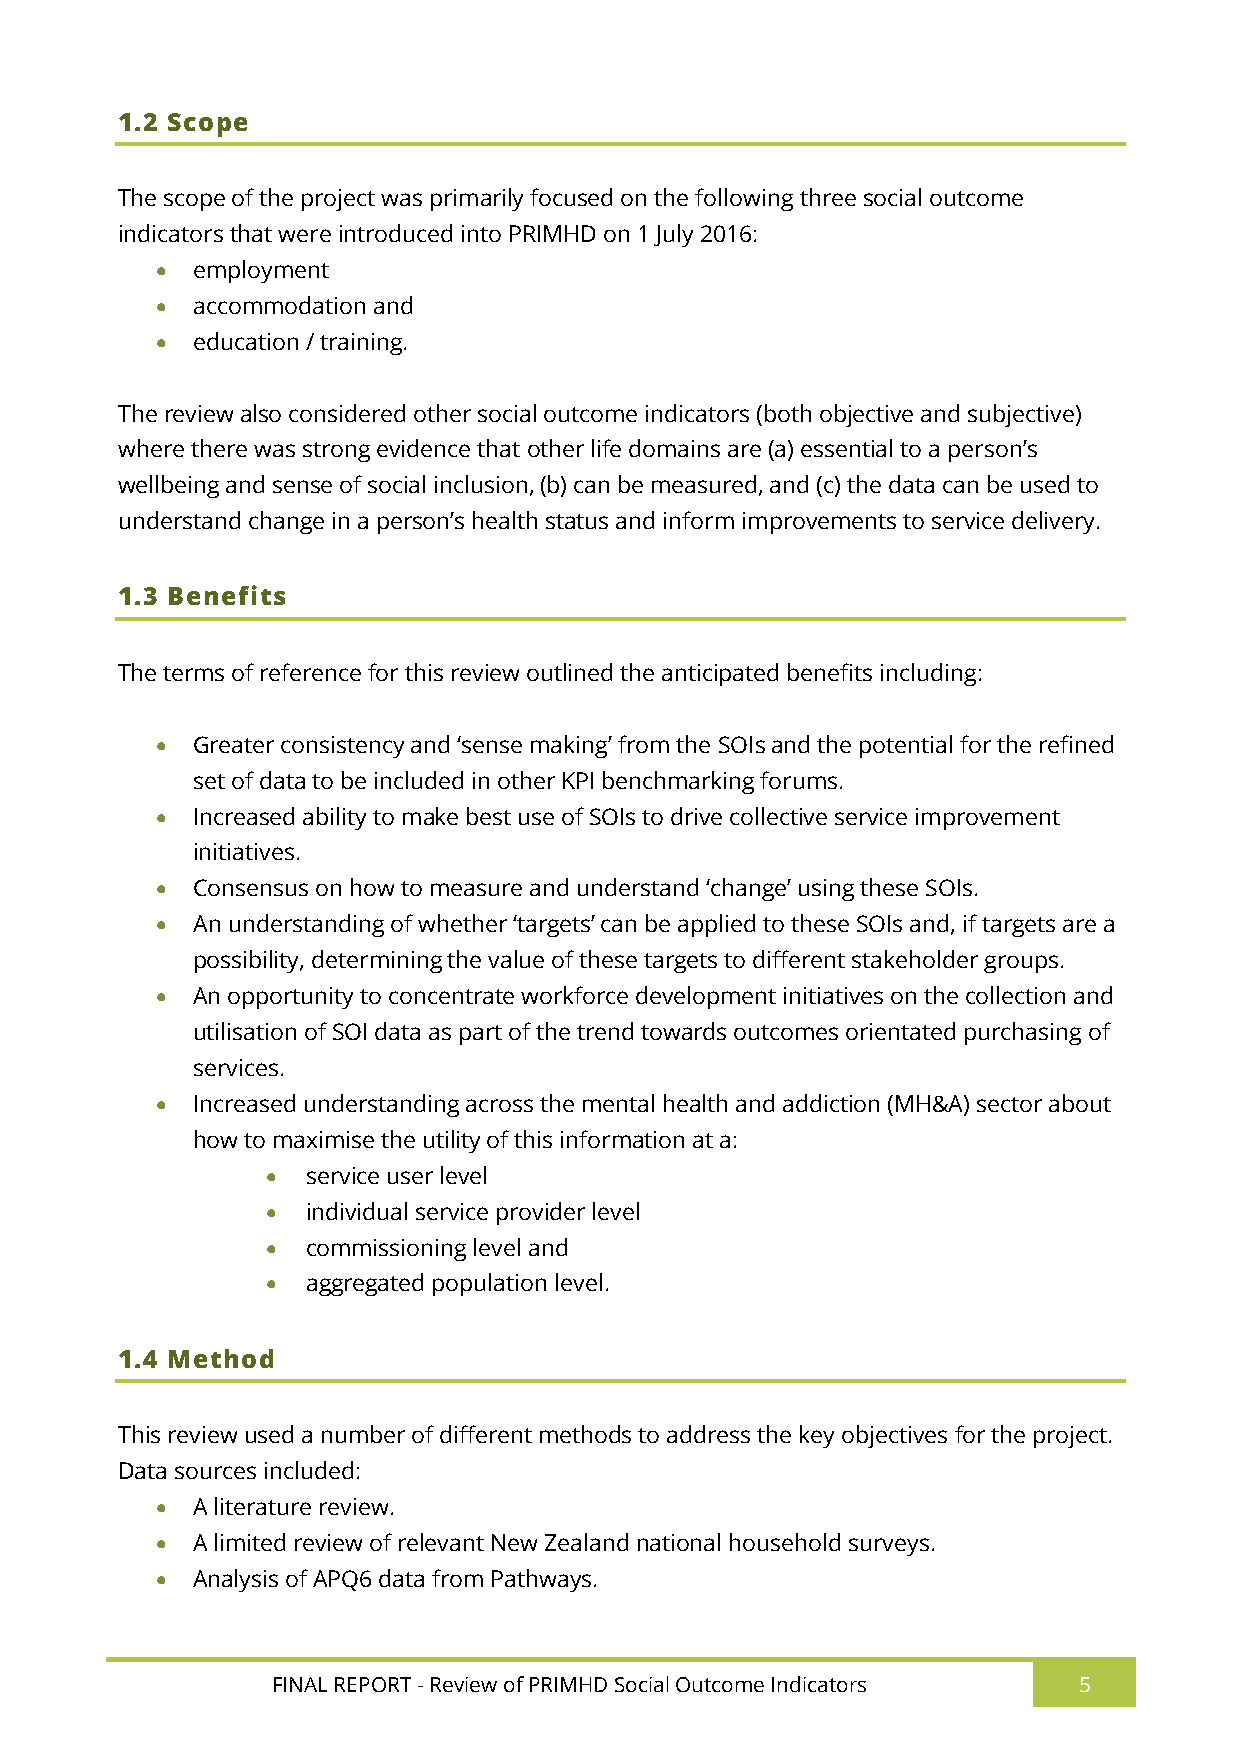
1.2 Scope
 The scope of the project was primarily focused on the following three social outcome
 indicators that were introduced into PRIMHD on 1 July 2016:
   employment
   accommodation and
   education / training.
 The review also considered other social outcome indicators (both objective and subjective)
 where there was strong evidence that other life domains are (a) essential to a person’s
 wellbeing and sense of social inclusion, (b) can be measured, and (c) the data can be used to
 understand change in a person’s health status and inform improvements to service delivery.
 1.3 Benefits
 The terms of reference for this review outlined the anticipated benefits including:
   Greater consistency and ‘sense making’ from the SOIs and the potential for the refined
 set of data to be included in other KPI benchmarking forums.
   Increased ability to make best use of SOIs to drive collective service improvement
 initiatives.
   Consensus on how to measure and understand ‘change’ using these SOIs.
   An understanding of whether ‘targets’ can be applied to these SOIs and, if targets are a
 possibility, determining the value of these targets to different stakeholder groups.
   An opportunity to concentrate workforce development initiatives on the collection and
 utilisation of SOI data as part of the trend towards outcomes orientated purchasing of
 services.
   Increased understanding across the mental health and addiction (MH&A) sector about
 how to maximise the utility of this information at a:
  service user level
  individual service provider level
  commissioning level and
  aggregated population level.
 1.4 Method
 This review used a number of different methods to address the key objectives for the project.
 Data sources included:
   A literature review.
   A limited review of relevant New Zealand national household surveys.
   Analysis of APQ6 data from Pathways.
 FINAL REPORT - Review of PRIMHD Social Outcome Indicators 5